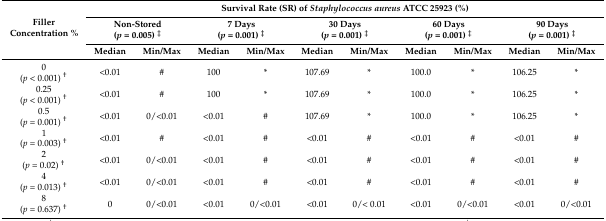
<table><thead><tr><td rowspan="3"><b>Filler Concentration %</b></td><td colspan="10"><b>Survival Rate (SR) of <i>Staphylococcus aureus</i> ATCC 25923 (%)</b></td></tr><tr><td colspan="2"><b>Non-Stored (<i>p</i> = 0.005) <sup>‡</sup></b></td><td colspan="2"><b>7 Days (<i>p</i> = 0.001) <sup>‡</sup></b></td><td colspan="2"><b>30 Days (<i>p</i> = 0.001) <sup>‡</sup></b></td><td colspan="2"><b>60 Days (<i>p</i> = 0.001) <sup>‡</sup></b></td><td colspan="2"><b>90 Days (<i>p</i> = 0.001) <sup>‡</sup></b></td></tr><tr><td><b>Median</b></td><td><b>Min/Max</b></td><td><b>Median</b></td><td><b>Min/Max</b></td><td><b>Median</b></td><td><b>Min/Max</b></td><td><b>Median</b></td><td><b>Min/Max</b></td><td><b>Median</b></td><td><b>Min/Max</b></td></tr></thead><tbody><tr><td>0 (<i>p</i> &lt; 0.001) <sup>†</sup></td><td>&lt;0.01</td><td>#</td><td>100</td><td>*</td><td>107.69</td><td>*</td><td>100.0</td><td>*</td><td>106.25</td><td>*</td></tr><tr><td>0.25 (<i>p</i> &lt; 0.001) <sup>†</sup></td><td>&lt;0.01</td><td>#</td><td>100</td><td>*</td><td>107.69</td><td>*</td><td>100.0</td><td>*</td><td>106.25</td><td>*</td></tr><tr><td>0.5 (<i>p</i> = 0.001) <sup>†</sup></td><td>&lt;0.01</td><td>0/&lt;0.01</td><td>&lt;0.01</td><td>#</td><td>107.69</td><td>*</td><td>100.0</td><td>*</td><td>106.25</td><td>*</td></tr><tr><td>1 (<i>p</i> = 0.003) <sup>†</sup></td><td>&lt;0.01</td><td>#</td><td>&lt;0.01</td><td>#</td><td>&lt;0.01</td><td>#</td><td>&lt;0.01</td><td>#</td><td>&lt;0.01</td><td>#</td></tr><tr><td>2 (<i>p</i> = 0.02) <sup>†</sup></td><td>&lt;0.01</td><td>0/&lt;0.01</td><td>&lt;0.01</td><td>#</td><td>&lt;0.01</td><td>#</td><td>&lt;0.01</td><td>#</td><td>&lt;0.01</td><td>#</td></tr><tr><td>4 (<i>p</i> = 0.013) <sup>†</sup></td><td>&lt;0.01</td><td>0/&lt;0.01</td><td>&lt;0.01</td><td>#</td><td>&lt;0.01</td><td>#</td><td>&lt;0.01</td><td>#</td><td>&lt;0.01</td><td>#</td></tr><tr><td>8 (<i>p</i> = 0.637) <sup>†</sup></td><td>0</td><td>0/&lt;0.01</td><td>&lt;0.01</td><td>0/&lt;0.01</td><td>&lt;0.01</td><td>0/&lt; 0.01</td><td>&lt;0.01</td><td>0/&lt;0.01</td><td>&lt;0.01</td><td>0/&lt;0.01</td></tr></tbody></table>